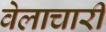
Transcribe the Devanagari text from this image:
वेलाचारी